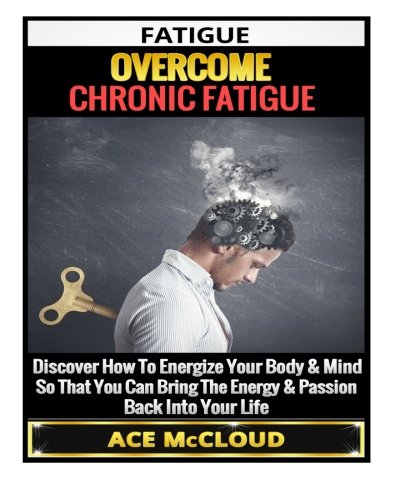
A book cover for Fatigue: Overcome Chronic Fatigue- Discover How To Energize Your Body & Mind So That You Can Bring The Energy & Passion Back Into Your Life ... Syndrome, More Energy, Healthy Living); Ace McCloud; Health, Fitness & Dieting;